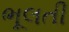
ભૂલતી